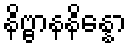
နိဗ္ဗာနနိန္နော